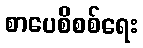
စာပေစိစစ်ရေး